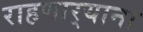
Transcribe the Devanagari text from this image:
राहणार्‍याना